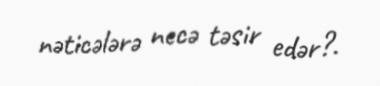
nəticələrə necə təsir edər?.